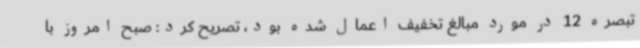
تبصره 12 در مورد مبالغ تخفیف اعمال شده بود، تصریح کرد: صبح امروز با